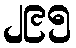
၂၉၅